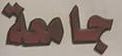
جامعة